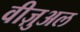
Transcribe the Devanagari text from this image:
वीज़ुअल